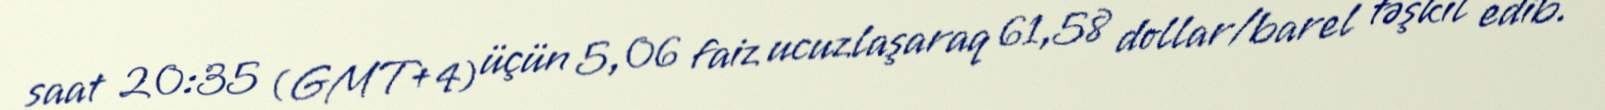
saat 20:35 (GMT+4) üçün 5,06 faiz ucuzlaşaraq 61,58 dollar/barel təşkil edib.